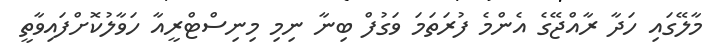
މާލޭގައި ހަދާ ރާއްޖޭގެ އެންމެ ފުރަތަމަ ވަގުފް ބިނާ ނިމި މިނިސްޓްރީއާ ހަވާލުކޮށްފައިވާތީ